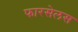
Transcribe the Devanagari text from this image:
फारसेलस